Bombay plague: being a history of the progress of plague in the Bombay presidency from September 1896 to June 1899
Year: 1896
Disease focus: Plague
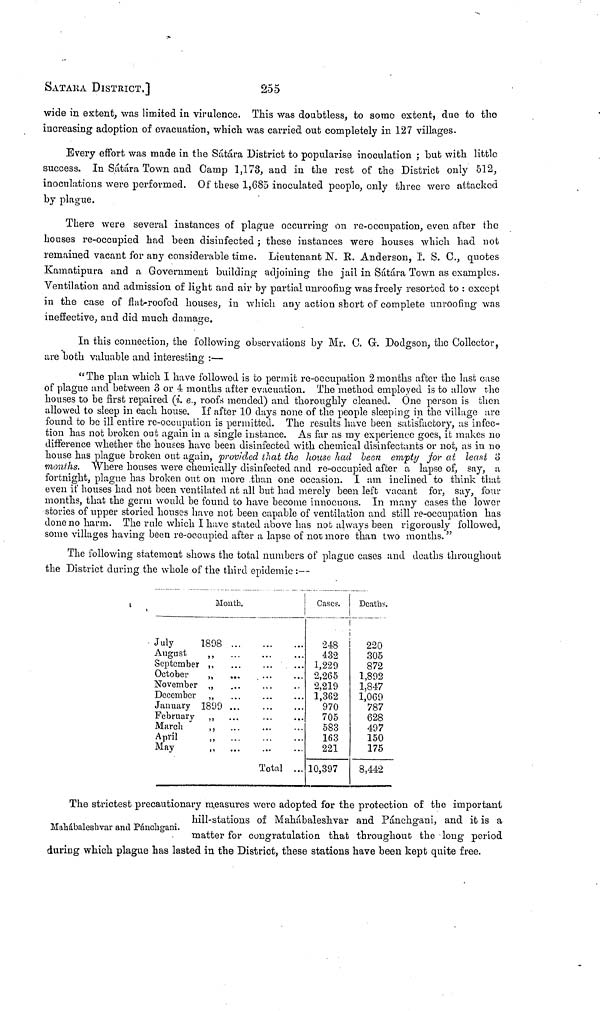
SATAKA DISTRICT.]
255
wide in extent, was limited in virulence. This was doubtless, to some extent, due to the
increasing adoption of evacuation, which was carried out completely in 127 villages.
Every effort was made in the Sátára District to popularise inoculation ; but with little
success. In Sátára Town and Camp 1,173, and in the rest of the District only 512,
inoculations were performed. Of these 1,685 inoculated people, only three were attacked
by plague.
There were several instances of plague occurring on re-occupation, even after the
houses re-occupied had been disinfected ; these instances were houses which had not
remained vacant for any considerable time. Lieutenant N. E. Anderson, I. S. C., quotes
Kamatipura and a Government building adjoining the jail in Sátára Town as examples.
Ventilation and admission of light and air by partial unroofing was freely resorted to : except
in the case of fiat roofed houses, in which any action short of complete unroofing was
ineffective, and did much damage.
In this connection, the following observations by Mr. C. G. Dodgson, the Collector,
are both valuable and interesting :—
"The plan which I have followed is to permit re-occupation 2 months after the last case
of plague and between o or 4 months after evacuation. The method employed is to allow the
houses to be first repaired (i. e., roofs mended) and thoroughly cleaned. One person is then
allowed to sleep in each house. If after 10 clays none of the people sleeping in the village are
found to be ill entire re-occupation is permitted. The results have been satisfactory, as infec-
tion has not broken out again in a single instance. As far as my experience goes, it makes no
difference whether the houses have been disinfected with chemical disinfectants or not, as in no
house has plague broken out again, provided that the house had been empty for at least o
months. Where houses were chemically disinfected and re-occupied after a lapse of, say, a
fortnight, plague has broken out on more than one occasion. I am inclined to think that
even it' houses had not been ventilated at all but had merely been left vacant for, say, four
months, that the germ would be found to have become innocuous. In many cases the lower
stories of upper storied houses have not been capable of ventilation and still re-occupation has
done no harm. The rule which I have stated above has not always been rigorously followed,
some villages having been re-occupied after a lapso of not moro than two months. "
The following statement shows the total numbers of plague cases and deaths throughout
the District during the whole of the third epidemic :—
Month.
July
1898
August „
September ,,
October „
November „
December ,,
January 1899
February „
March ,,
April „
May „
...
...
...
...
...
...
...
...
...
...
...
...
Total
...
...
...
...
...
...
...
Cases.
248
432
1,229
2,265
2,219
1,362
970
705
583
163
221
10,397
Deaths.
220
305
872
1,892
1,847
1,069
787
628
497
150
175
8,442
The strictest precautionary measures were adopted for the protection of the important
hill-stations of Mahábaleshvar and Pánchgani, and it is a
Mahábaleshvar and Párichgani. matter for congratulation that throughout the long period
during which plague has lasted in the District, these stations have been kept quite free.